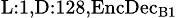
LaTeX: _{\textrm{L}:1,\textrm{D}:128,\textrm{EncDec}_{\textrm{B}1}}